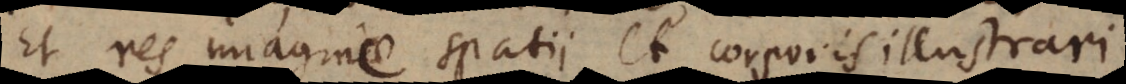
Et res imagine spatii et corporis illustrari